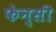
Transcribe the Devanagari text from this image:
फेन्सी